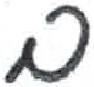
אות: ם